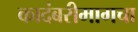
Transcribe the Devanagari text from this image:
कादंबरीमागचा